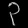
Digit: ၃